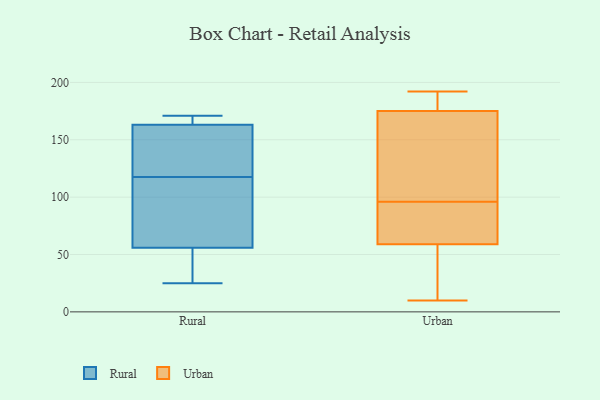
{"axis": {"x": "Latency (ms)", "y": "Value"}, "legend": ["Rural", "Urban"], "data": [{"x": "", "y": 168, "type": "Rural"}, {"x": "", "y": 25, "type": "Rural"}, {"x": "", "y": 165, "type": "Rural"}, {"x": "", "y": 68, "type": "Rural"}, {"x": "", "y": 163, "type": "Rural"}, {"x": "", "y": 42, "type": "Rural"}, {"x": "", "y": 27, "type": "Rural"}, {"x": "", "y": 56, "type": "Rural"}, {"x": "", "y": 126, "type": "Rural"}, {"x": "", "y": 171, "type": "Rural"}, {"x": "", "y": 142, "type": "Rural"}, {"x": "", "y": 109, "type": "Rural"}, {"x": "", "y": 73, "type": "Rural"}, {"x": "", "y": 144, "type": "Rural"}, {"x": "", "y": 87, "type": "Urban"}, {"x": "", "y": 160, "type": "Urban"}, {"x": "", "y": 16, "type": "Urban"}, {"x": "", "y": 26, "type": "Urban"}, {"x": "", "y": 184, "type": "Urban"}, {"x": "", "y": 183, "type": "Urban"}, {"x": "", "y": 96, "type": "Urban"}, {"x": "", "y": 127, "type": "Urban"}, {"x": "", "y": 92, "type": "Urban"}, {"x": "", "y": 151, "type": "Urban"}, {"x": "", "y": 71, "type": "Urban"}, {"x": "", "y": 51, "type": "Urban"}, {"x": "", "y": 182, "type": "Urban"}, {"x": "", "y": 55, "type": "Urban"}, {"x": "", "y": 10, "type": "Urban"}, {"x": "", "y": 192, "type": "Urban"}, {"x": "", "y": 180, "type": "Urban"}, {"x": "", "y": 73, "type": "Urban"}, {"x": "", "y": 113, "type": "Urban"}]}